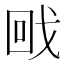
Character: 𭍡